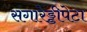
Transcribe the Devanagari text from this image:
संगारेड्डीपेटा